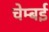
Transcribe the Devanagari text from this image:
चेम्बई